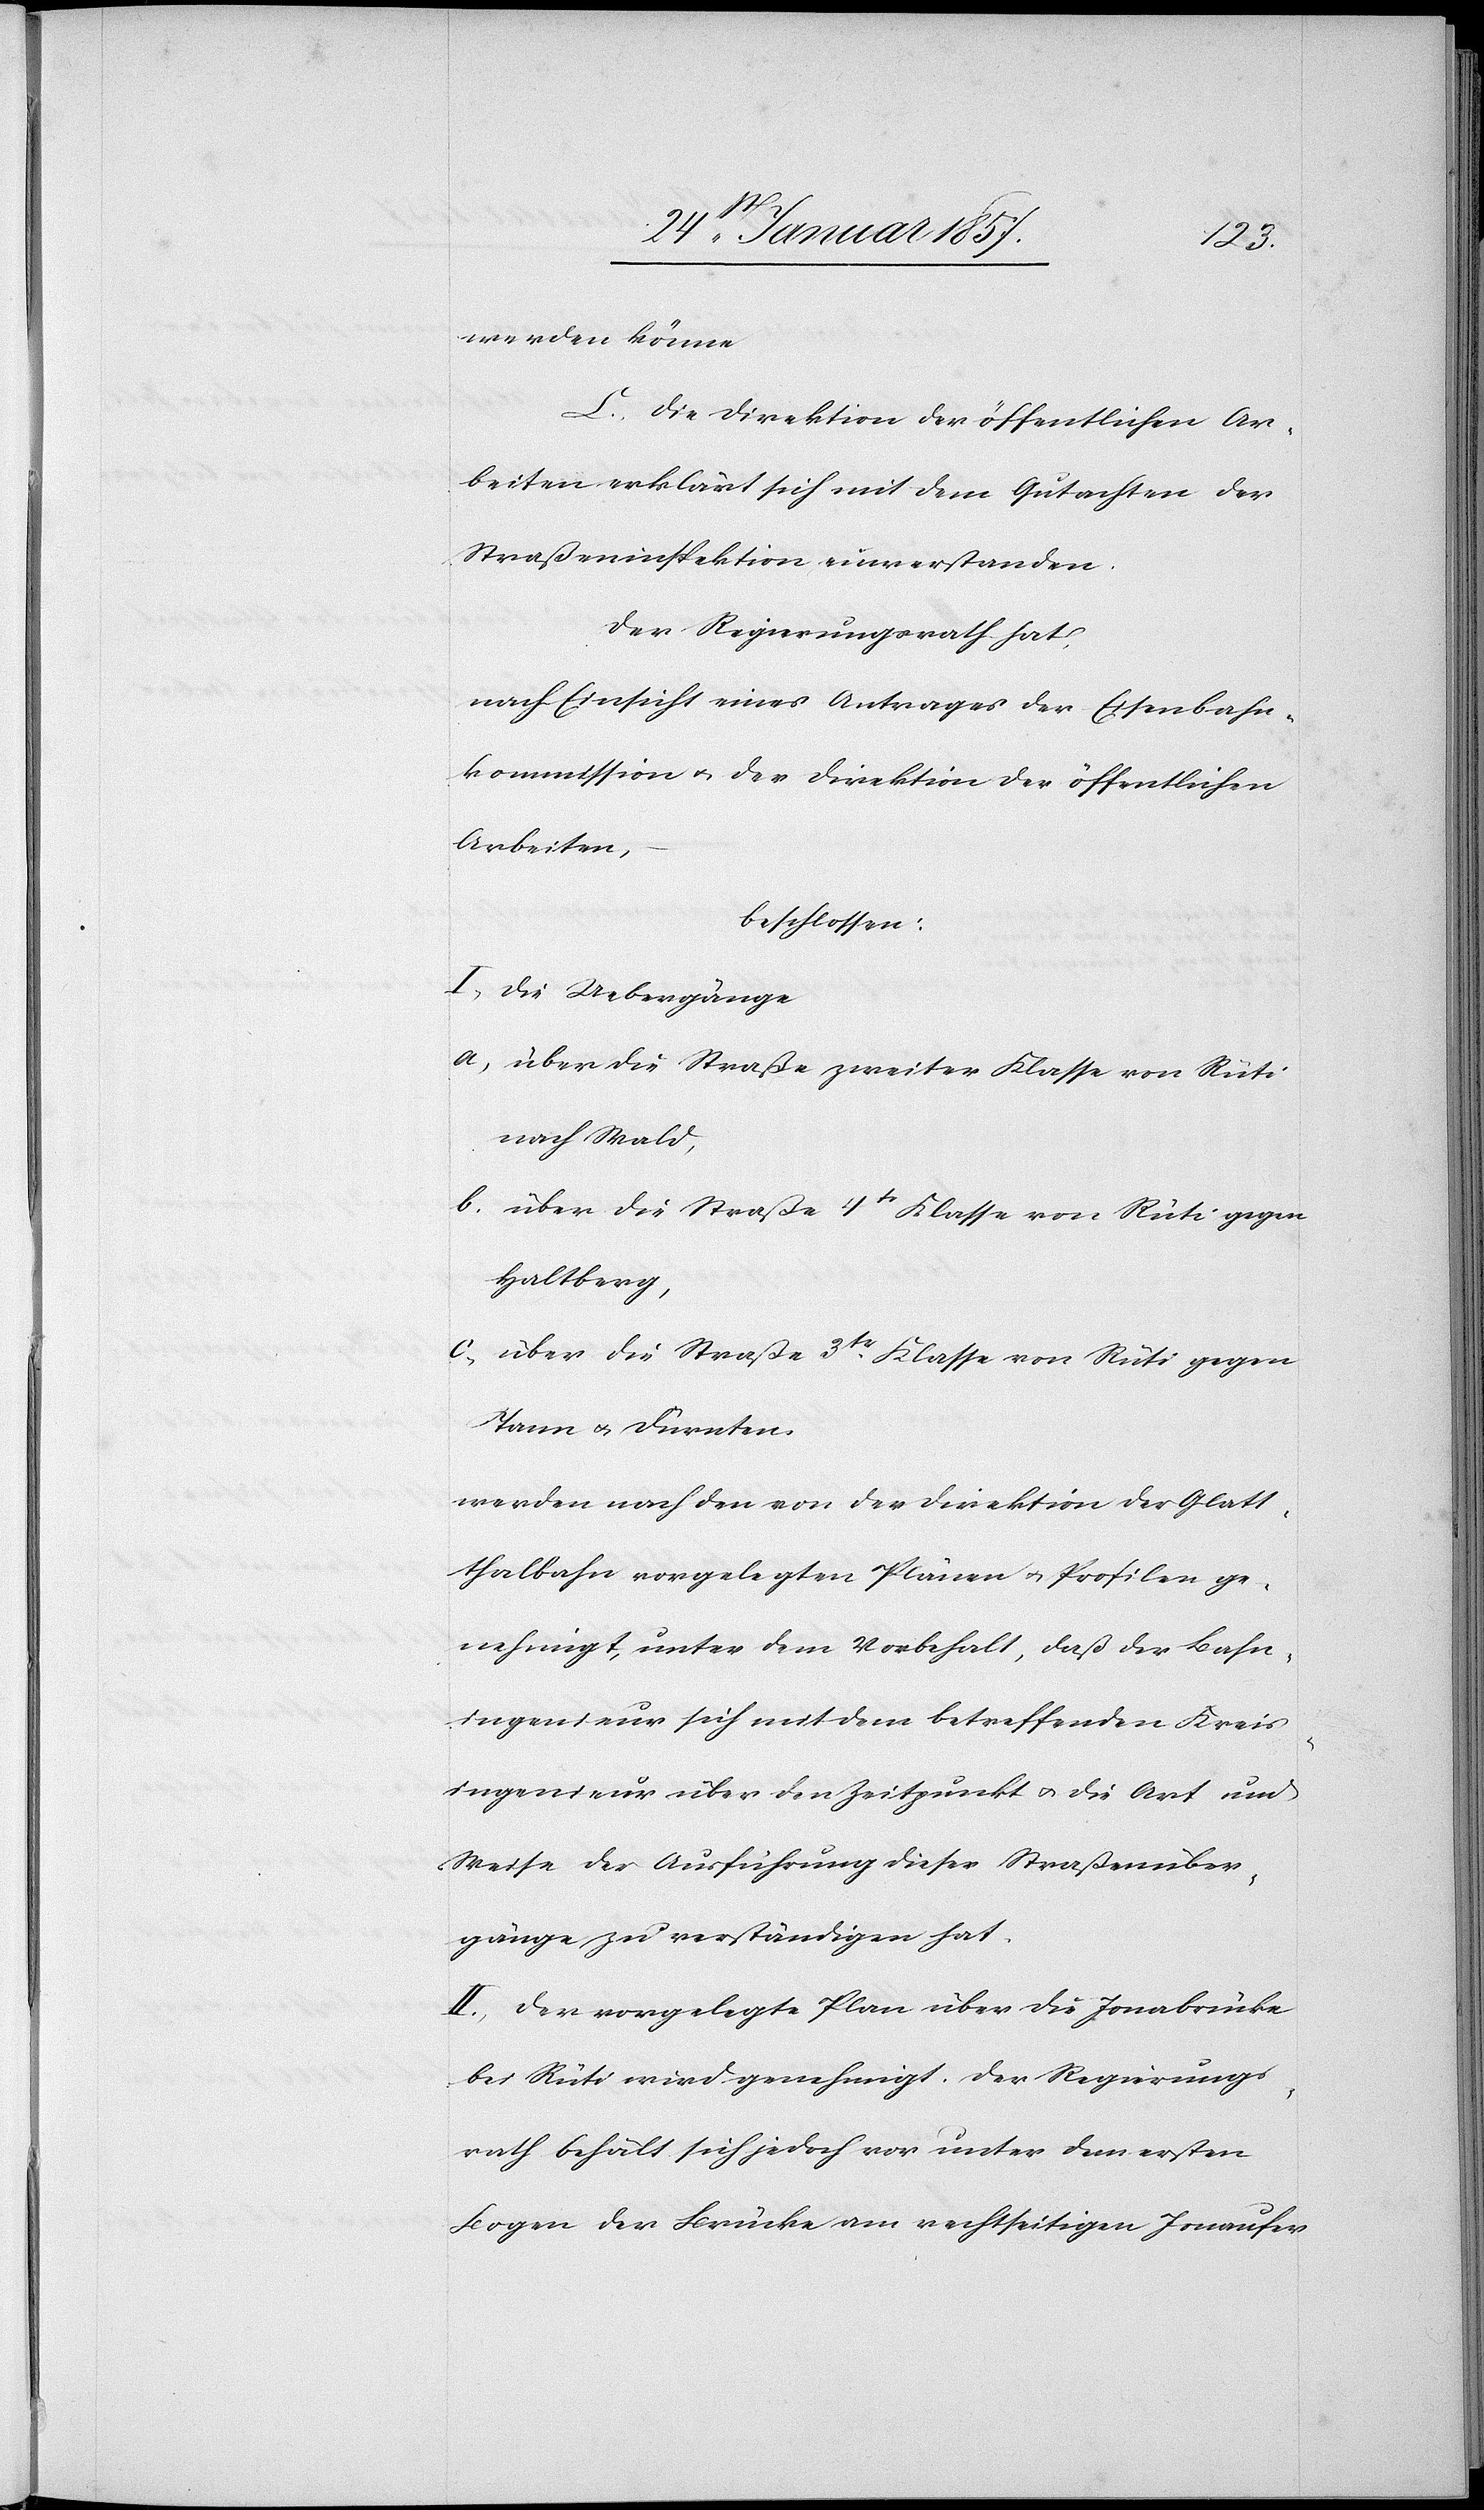
werden könne.
C. Die Direktion der öffentlichen Ar¬
beiten erkärt sich mit dem Gutachten der
Straßeninspektion einverstanden.
Der Regierungsrath hat,
nach Einsicht eines Antrages der Eisenbahn¬
kommission & der Direktion der öffentlichen
Arbeiten,
beschlossen:
I, Die Uebergänge
a, über die Straße zweiter Klasse von Rüti
nach Wald,
b. über die Straße 4tr Klasse von Rüti gegen
Haltberg,
c, über die Straße 3tr Klasse von Rüti gegen
Tann & Dürnten,
werden nach den von der Direktion der Glatt¬
thalbahn vorgelegten Plänen & Profilen ge¬
nehmigt, unter dem Vorbehalt, daß der Bahn¬
ingenieur sich mit dem betreffenden Kreis¬
ingenieur über den Zeitpunkt u. die Art und
Weise der Ausführung dieser Straßenüber¬
gänge zu verständigen hat.
II. Der vorgelegte Plan über die Jonabrücke
bei Rüti wird genehmigt. Der Regierungs¬
rath behält sich jedoch vor unter dem ersten
Bogen der Brücke am rechseitigen Jonaufer